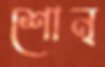
শোন্